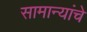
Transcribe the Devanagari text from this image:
सामान्यांचे